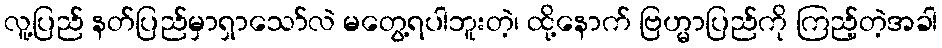
လူ့ပြည် နတ်ပြည်မှာရှာသော်လဲ မတွေ့ရပါဘူးတဲ့၊ ထို့နောက် ဗြဟ္မာပြည်ကို ကြည့်တဲ့အခါ